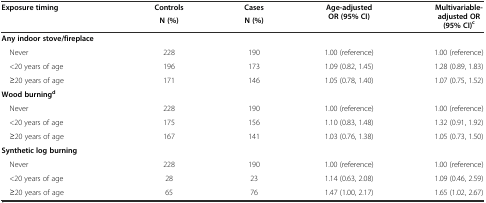
| <ROWSPAN=2> Exposure timing | Controls | Cases | <ROWSPAN=2> Age-adjusted OR (95% CI) | <ROWSPAN=2> Multivariable-adjusted OR (95% CI)c |
 | N (%) | N (%) |
 | --- | --- | --- | --- | --- |
 | Any indoor stove/fireplace |  |  |  |  |
 | Never | 228 | 190 | 1.00 (reference) | 1.00 (reference) |
 | <20 years of age | 196 | 173 | 1.09 (0.82, 1.45) | 1.28 (0.89, 1.83) |
 | ≥20 years of age | 171 | 146 | 1.05 (0.78, 1.40) | 1.07 (0.75, 1.52) |
 | Wood burningd |  |  |  |  |
 | Never | 228 | 190 | 1.00 (reference) | 1.00 (reference) |
 | <20 years of age | 175 | 156 | 1.10 (0.83, 1.48) | 1.32 (0.91, 1.92) |
 | ≥20 years of age | 167 | 141 | 1.03 (0.76, 1.38) | 1.05 (0.73, 1.50) |
 | Synthetic log burning |  |  |  |  |
 | Never | 228 | 190 | 1.00 (reference) | 1.00 (reference) |
 | <20 years of age | 28 | 23 | 1.14 (0.63, 2.08) | 1.09 (0.46, 2.59) |
 | ≥20 years of age | 65 | 76 | 1.47 (1.00, 2.17) | 1.65 (1.02, 2.67) |